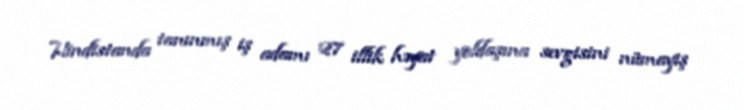
Hindistanda tanınmış iş adamı 27 illik həyat yoldaşına sevgisini nümayiş